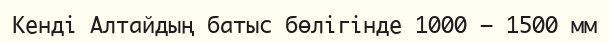
Кенді Алтайдың батыс бөлігінде 1000 – 1500 мм